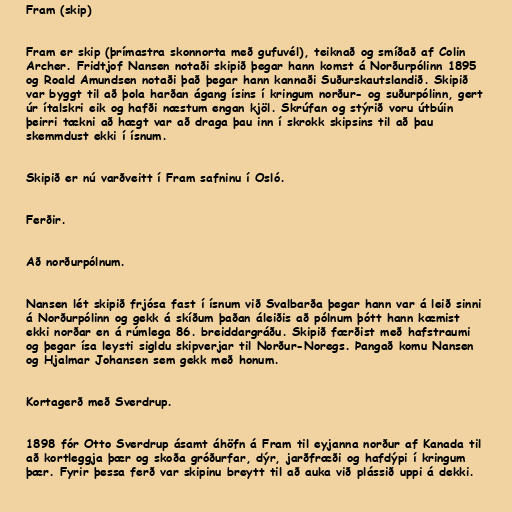
Fram (skip)

Fram er skip (þrímastra skonnorta með gufuvél), teiknað og smíðað af Colin
Archer. Fridtjof Nansen notaði skipið þegar hann komst á Norðurpólinn 1895
og Roald Amundsen notaði það þegar hann kannaði Suðurskautslandið. Skipið
var byggt til að þola harðan ágang ísins í kringum norður- og suðurpólinn, gert
úr ítalskri eik og hafði næstum engan kjöl. Skrúfan og stýrið voru útbúin
þeirri tækni að hægt var að draga þau inn í skrokk skipsins til að þau
skemmdust ekki í ísnum.

Skipið er nú varðveitt í Fram safninu í Osló.

Ferðir.

Að norðurpólnum.

Nansen lét skipið frjósa fast í ísnum við Svalbarða þegar hann var á leið sinni
á Norðurpólinn og gekk á skíðum þaðan áleiðis að pólnum þótt hann kæmist
ekki norðar en á rúmlega 86. breiddargráðu. Skipið færðist með hafstraumi
og þegar ísa leysti sigldu skipverjar til Norður-Noregs. Þangað komu Nansen
og Hjalmar Johansen sem gekk með honum.

Kortagerð með Sverdrup.

1898 fór Otto Sverdrup ásamt áhöfn á Fram til eyjanna norður af Kanada til
að kortleggja þær og skoða gróðurfar, dýr, jarðfræði og hafdýpi í kringum
þær. Fyrir þessa ferð var skipinu breytt til að auka við plássið uppi á dekki.